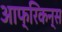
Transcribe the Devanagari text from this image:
आफ्रिकन्स